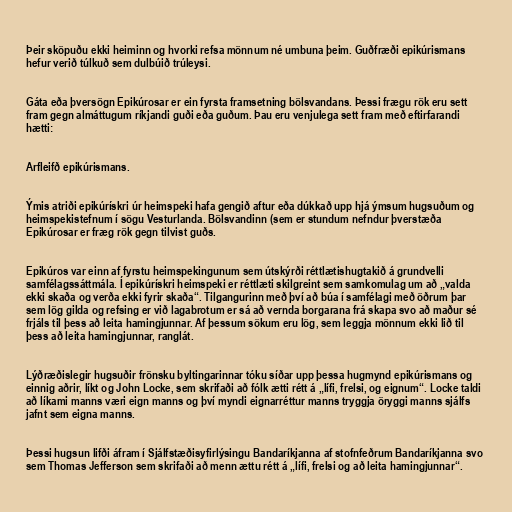
Þeir sköpuðu ekki heiminn og hvorki refsa mönnum né umbuna þeim. Guðfræði epikúrismans
hefur verið túlkuð sem dulbúið trúleysi.

Gáta eða þversögn Epikúrosar er ein fyrsta framsetning bölsvandans. Þessi frægu rök eru sett
fram gegn almáttugum ríkjandi guði eða guðum. Þau eru venjulega sett fram með eftirfarandi
hætti:

Arfleifð epikúrismans.

Ýmis atriði epikúrískri úr heimspeki hafa gengið aftur eða dúkkað upp hjá ýmsum hugsuðum og
heimspekistefnum í sögu Vesturlanda. Bölsvandinn (sem er stundum nefndur þverstæða
Epikúrosar er fræg rök gegn tilvist guðs.

Epikúros var einn af fyrstu heimspekingunum sem útskýrði réttlætishugtakið á grundvelli
samfélagssáttmála. Í epikúrískri heimspeki er réttlæti skilgreint sem samkomulag um að „valda
ekki skaða og verða ekki fyrir skaða“. Tilgangurinn með því að búa í samfélagi með öðrum þar
sem lög gilda og refsing er við lagabrotum er sá að vernda borgarana frá skapa svo að maður sé
frjáls til þess að leita hamingjunnar. Af þessum sökum eru lög, sem leggja mönnum ekki lið til
þess að leita hamingjunnar, ranglát.

Lýðræðislegir hugsuðir frönsku byltingarinnar tóku síðar upp þessa hugmynd epikúrismans og
einnig aðrir, líkt og John Locke, sem skrifaði að fólk ætti rétt á „lífi, frelsi, og eignum“. Locke taldi
að líkami manns væri eign manns og því myndi eignarréttur manns tryggja öryggi manns sjálfs
jafnt sem eigna manns.

Þessi hugsun lifði áfram í Sjálfstæðisyfirlýsingu Bandaríkjanna af stofnfeðrum Bandaríkjanna svo
sem Thomas Jefferson sem skrifaði að menn ættu rétt á „lífi, frelsi og að leita hamingjunnar“.